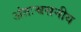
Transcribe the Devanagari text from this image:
अंतःश्वसनीय